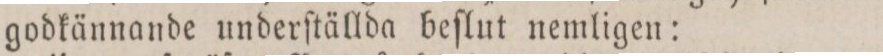
godkännande underſtällda beſlut nemligen: